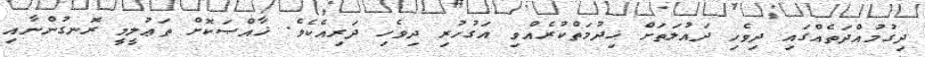
ދިގުމުއްދަތެއްގައި ދިވެހި ދައުލަތަށް ޚިދުމަތްކުރެއްވި އަގުހުރި ދިވެހި ދަރިއެކެވެ. ޚާއްޞަކޮށް ތަޢުލީމީ ރޮނގުންނާއި